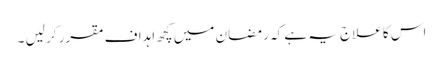
اس کا علاج یہ ہے کہ رمضان میں کچھ اہداف مقرر کر لیں ۔